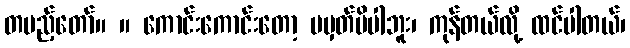
တပည့်တော်။ ။ ကောင်းကောင်းတော့ မမှတ်မိပါဘူး၊ ကုန်တယ်လို့ ထင်ပါတယ်၊